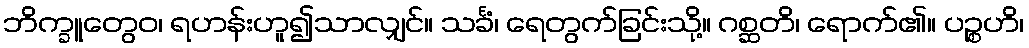
ဘိက္ခူတွေဝ၊ ရဟန်းဟူ၍သာလျှင်။ သင်္ခံ၊ ရေတွက်ခြင်းသို့။ ဂစ္ဆတိ၊ ရောက်၏။ ပဉ္စဟိ၊